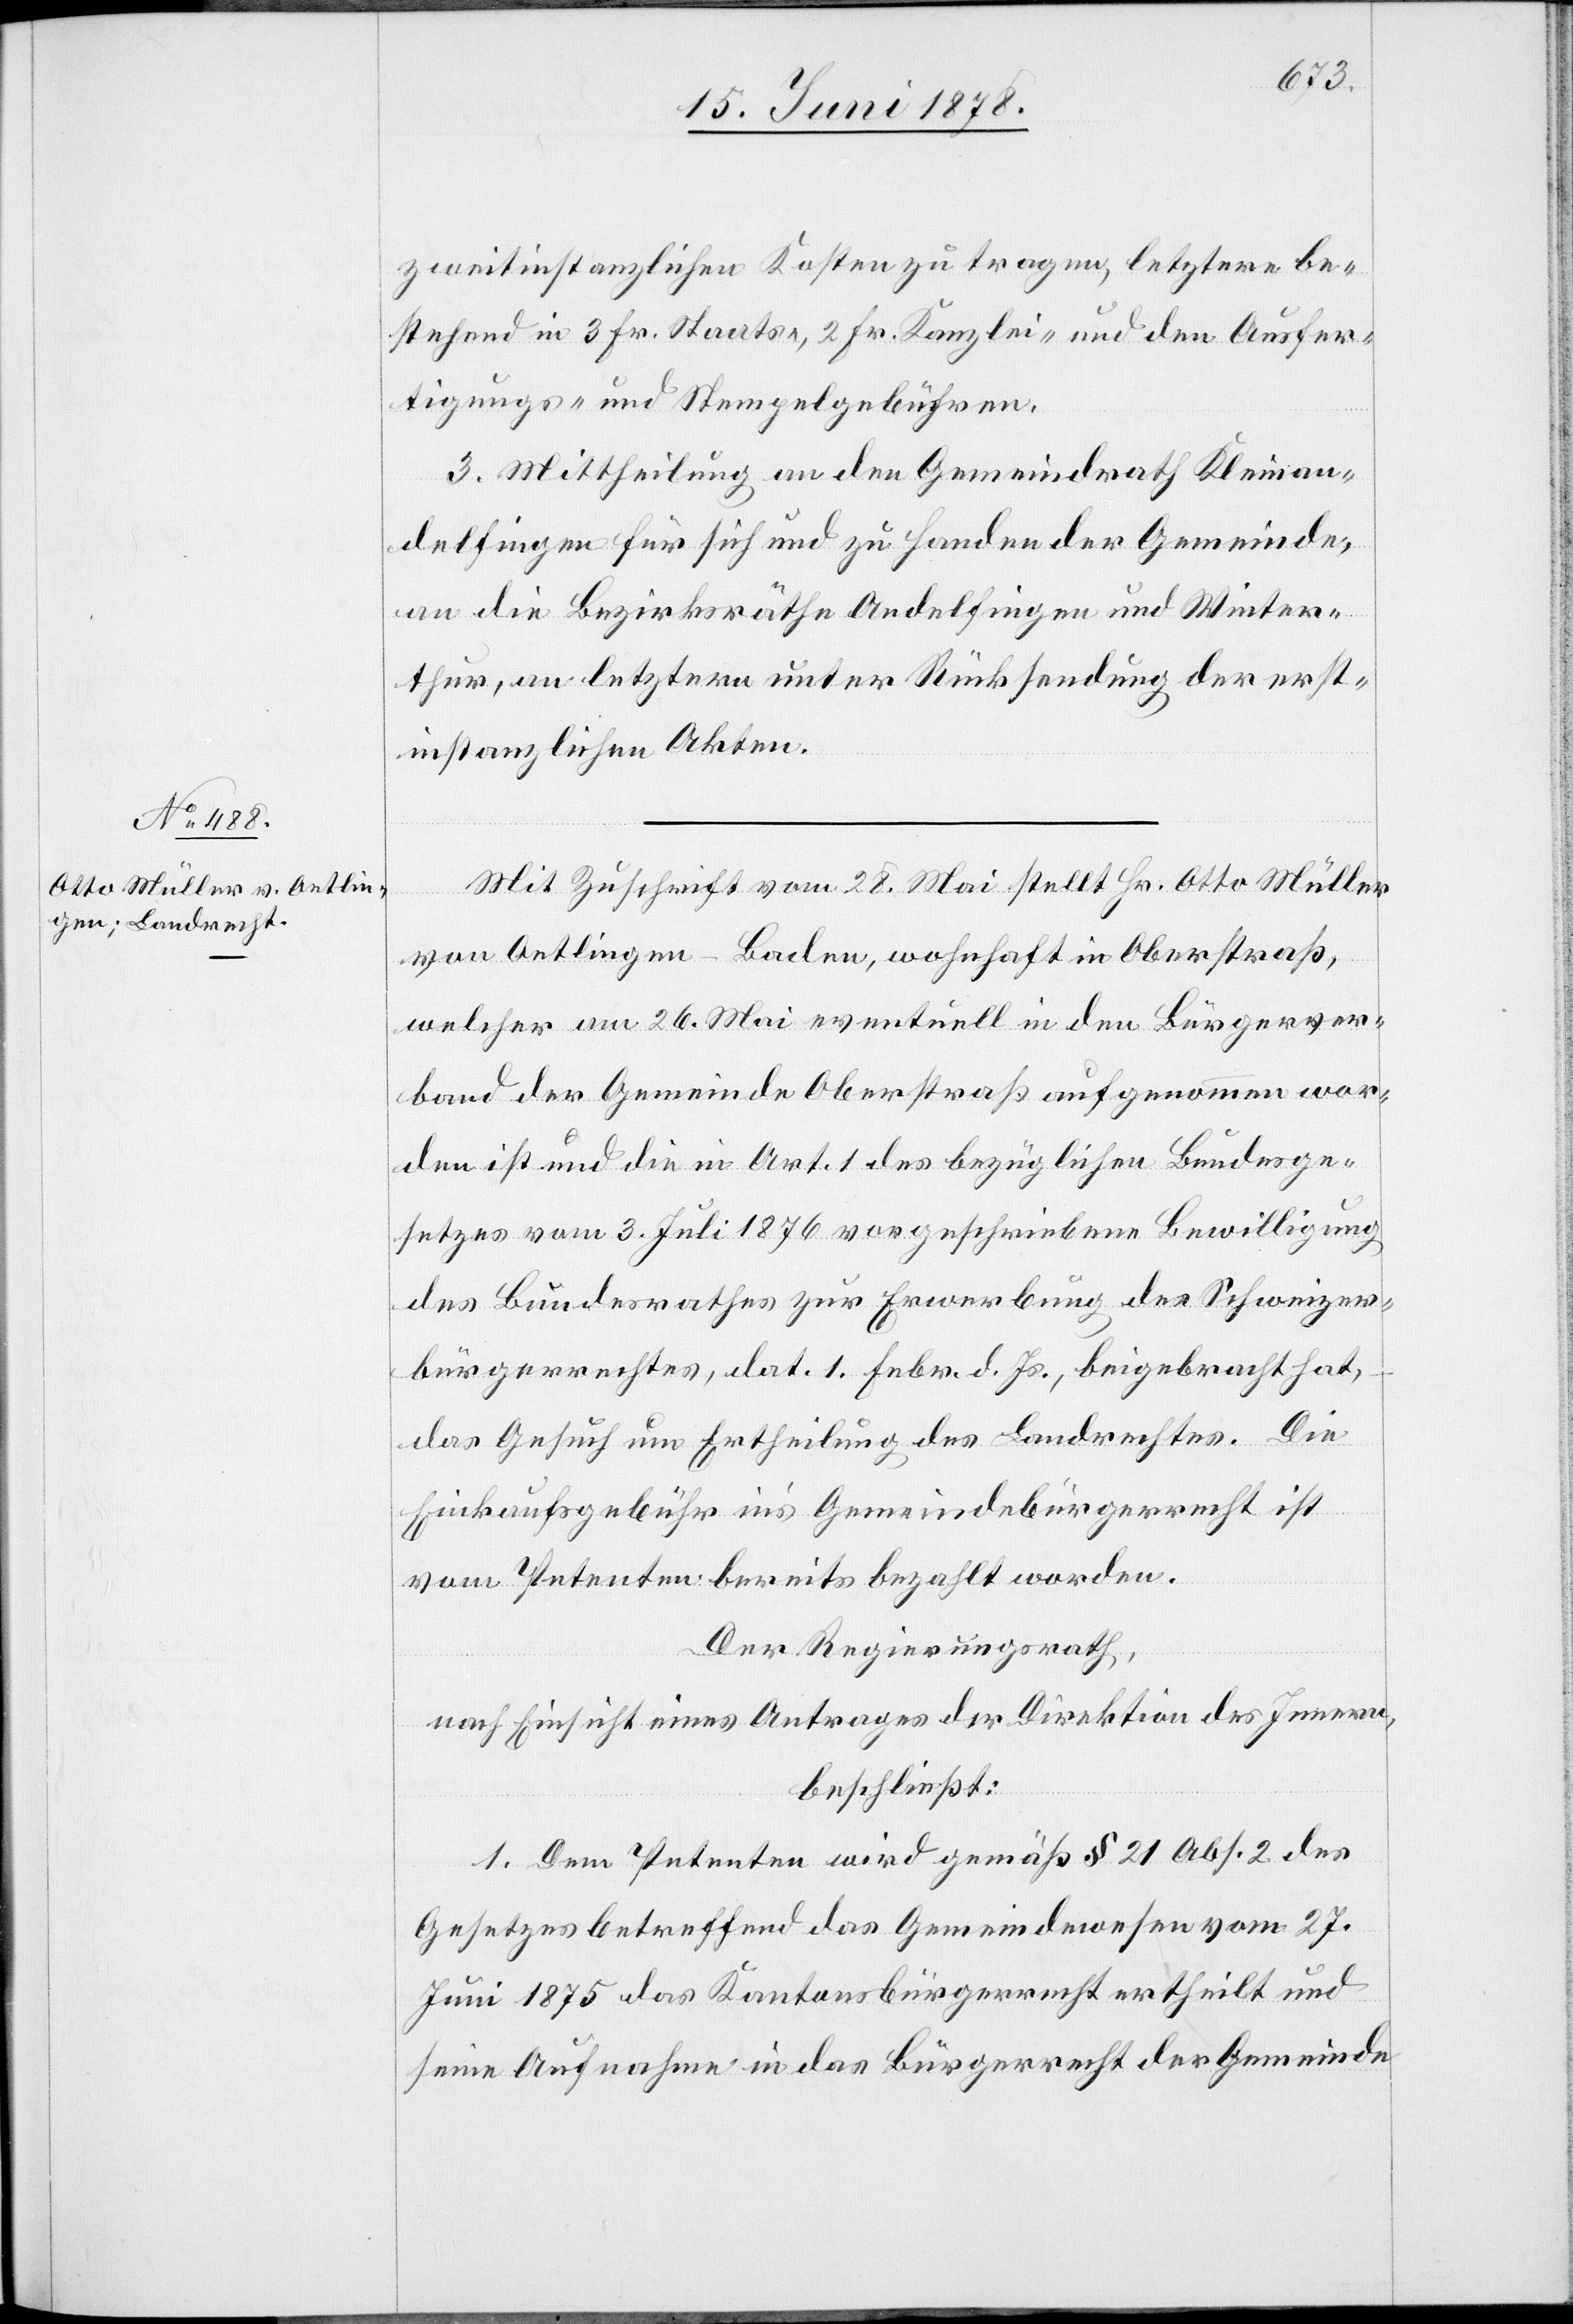
zweitinstanzlichen Kosten zu tragen, letztere be¬
stehend in 3 Fr. Staats-, 2 Fr. Kanzlei- und den Ausfer¬
tigungs- und Stempelgebühren.
3. Mittheilung an den Gemeindrath Kleinan¬
delfingen für sich und zu Handen der Gemeinde,
an die Bezirksräthe Andelfingen und Winter¬
thur, an letztern unter Rücksendung der erst¬
instanzlichen Akten.
Mit Zuschrift vom 28. Mai stellt Hr. Otto Müller
von Oetlingen - Baden, wohnhaft in Oberstraß,
welcher am 26. Mai eventuell in den Bürgerver¬
band der Gemeinde Oberstraß aufgenommen wor¬
den ist und die in Art. 1 des bezüglichen Bundesge¬
setzes vom 3. Juli 1876 vorgeschriebene Bewilligung
des Bundesrathes zur Erwerbung des Schweizer¬
bürgerrechtes, dat. 1. Febr. d. Js., beigebracht hat,
das Gesuch um Ertheilung des Landrechtes. Die
Einkaufsgebühr in’s Gemeindebürgerrecht ist
vom Petenten bereits bezahlt worden.
Der Regierungsrath,
nach Einsicht eines Antrages der Direktion des Innern,
beschließt:
1. Dem Petenten wird gemäß § 21 Abs. 2 des
Gesetzes betreffend das Gemeindewesen vom 27.
Juni 1875 das Kantonsbürgerrecht ertheilt und
seine Aufnahme in das Bürgerrecht der Gemeinde